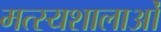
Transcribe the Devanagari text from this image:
मत्स्यशालाओं